Report on the nature of kala-azar
Disease focus: Kala-Azar
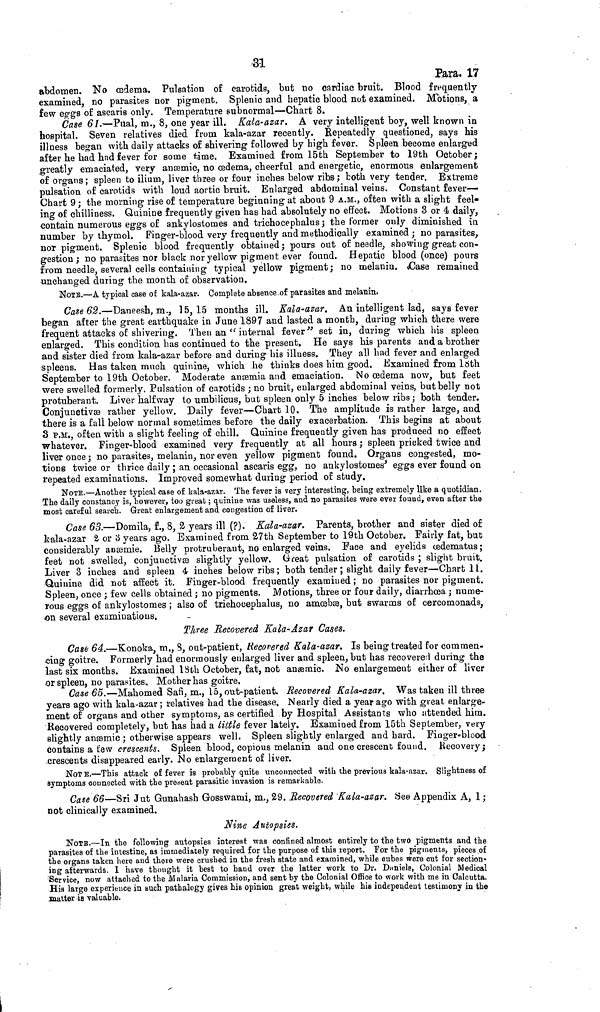
31
Para. 17
abdomen. No œdema. Pulsation of carotids, but no cardiac bruit. Blood frequently
examined, no parasites nor pigment. Splenic and hepatic blood not examined. Motions, a
few eggs of ascaris only. Temperature subnormal—Chart 8.
Case 61.—Puai, m., 8, one year ill. Kala-azar. A very intelligent boy, well known in
hospital. Seven relatives died from kala-azar recently. Repeatedly questioned, says his
illness began with daily attacks of shivering followed by high fever. Spleen become enlarged
after he had had fever for some time. Examined from 15th September to 19th October;
greatly emaciated, very anæmic, no oedema, cheerful and energetic, enormous enlargement
of organs; spleen to ilium, liver three or four inches below ribs; both very tender. Extreme
pulsation of carotids with loud aortic bruit. Enlarged abdominal veins. Constant fever-
Chart 9 ; the morning rise of temperature beginning at about 9 A.M., often with a slight feel-
ing of chilliness. Quinine frequently given has had absolutely no effect. Motions 3 or 4 daily,
contain numerous eggs of ankylostomes and trichocephalus ; the former only diminished in
number by thymol. Finger-blood very frequently and methodically examined; no parasites,
nor pigment. Splenic blood frequently obtained ; pours out of needle, showing great con-
gestion ; no parasites nor black nor yellow pigment ever found. Hepatic blood (once) pours
from needle, several cells containing typical yellow pigment; no melanin. Case remained
unchanged during the month of observation.
NOIE.—A typical case of kala-azar. Complete absence of parasites and melanin.
Case 62.—Daneesh, m., 15, 15 months ill. Kala-azar. An intelligent lad, says fever
began after the great earthquake in June 1897 and lasted a month, during which there were
frequent attacks of shivering. Then an "internal fever" set in, during which his spleen
enlarged. This condition has continued to the present. He says his parents and a brother
and sister died from kala-azar before and during his illness. They all had fever and enlarged
spleens. Has taken much quinine, which he thinks does him good. Examined from 18th
September to 19th October. Moderate anæmia and emaciation. No œdema now, but feet
were swelled formerly. Pulsation of carotids ; no bruit, enlarged abdominal veins, but belly not
protuberant. Liver halfway to umbilicus, but spleen only 5 inches below ribs; both tender.
Conjunctive rather yellow. Daily fever—Chart 10. The amplitude is rather large, and
there is a fall below normal sometimes before the daily exacerbation. This begins at about
3 P.M., often with a slight feeling of chill. Quinine frequently given has produced no effect
whatever. Finger-blood examined very frequently at all hours ; spleen pricked twice and
liver once ; no parasites, melanin, nor even yellow pigment found. Organs congested, mo-
tions twice or thrice daily ; an occasional ascaris egg, no ankylostomes eggs ever found on
repeated examinations. Improved somewhat during period of study.
NOTE.—Another typical case of kala-azar. The fever is very interesting, being extremely like a quotidian.
The daily constancy is, however, too great ; quinine was useless, and no parasites were ever found, even after the
most careful search. Great enlargement and congestion of liver.
Case 63.—Domila, f., 8, 2 years ill (?). Kala-azar. Parents, brother and sister died of
kala-azar 2 or 3 years ago. Examined from 27th September to 19th October. Fairly fat, but
considerably anæmie. Belly protruberaut, no enlarged veins. Face and eyelids œdematus ;
feet not swelled, conjunctivæ slightly yellow. Great pulsation of carotids ; slight bruit.
Liver 3 inches and spleen 4 inches below ribs ; both tender ; slight daily fever—Chart 11.
Quinine did not affect it. Finger-blood frequently examined ; no parasites nor pigment.
Spleen, once ; few cells obtained ; no pigments. Motions, three or four daily, diarrhœa ; nume-
rous eggs of ankylostomes ; also of trichocephalus, no amœbse, but swarms of cercomonads,
on several examinations.
Three Recovered Kala-Azar Cases.
Cask 64.—Konoka, m,, 8, out-patient, Recovered Kala-azar. Is being treated for commen-
cing goitre. Formerly had enormously enlarged liver and spleen, but has recovered during the
last six months. Examined 18th October, fat, not anaemic. No enlargement either of liver
or spleen, no parasites. Mother has goitre.
Case 65.—Mahomed Safi, m., 15, out-patient. Recovered Kala-azar. Was taken ill three
years ago with kala-azar ; relatives had the disease. Nearly died a year ago with great enlarge-
ment of organs and other symptoms, as certified by Hospital Assistants who attended him.
Recovered completely, but has had a little fever lately. Examined from 15th September, very
slightly anæmic ; otherwise appears well. Spleen slightly enlarged and hard. Finger blood
contains a few crescents. Spleen blood, copious melanin and one crescent found. Recovery;
crescents disappeared early. No enlargement of liver.
NOT E.—This attack of fever is probably quite unconnected with the previous kala-azar. Slightness of
symptoms connected with the present parasitic invasion is remarkable.
Case 66—Sri Jut Gunahash Gosswami, m., 29. Recovered Kala-azar. See Appendix A, 1 ;
not clinically examined,
Nine Autopsies.
NOTE.—In the following autopsies interest was confined almost entirely to the two pigments and the
parasites of the intestine, as immediately required for the purpose of this report. For the pigments, pieces of
the organs taken here and there were crushed in the fresh state and examined, while cubes were cut for section-
ing afterwards. I have thought it best to hand over the latter work to Dr. Daniels, Colonial Medical
Service, now attached to the Malaria Commission, and sent by the Colonial Office to work with me in Calcutta.
His large experience in such pathalogy gives his opinion great weight, while hie independent testimony in the
matter is valuable.